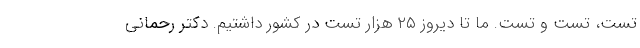
تست، تست و تست. ما تا دیروز ۲۵ هزار تست در کشور داشتیم. دکتر رحمانی